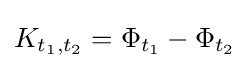
K_{t_{1},t_{2}}=\Phi _{t_{1}}-\Phi _{t_{2}}